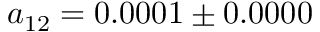
a _ { 1 2 } = 0 . 0 0 0 1 \pm 0 . 0 0 0 0